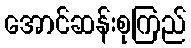
အောင်ဆန်းစုကြည်